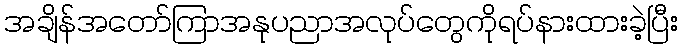
အချိန်အတော်ကြာအနုပညာအလုပ်တွေကိုရပ်နားထားခဲ့ပြီး